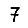
Digit: 7